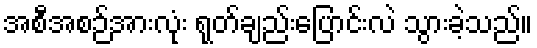
အစီအစဉ်အားလုံး ရုတ်ချည်းပြောင်းလဲ သွားခဲ့သည်။